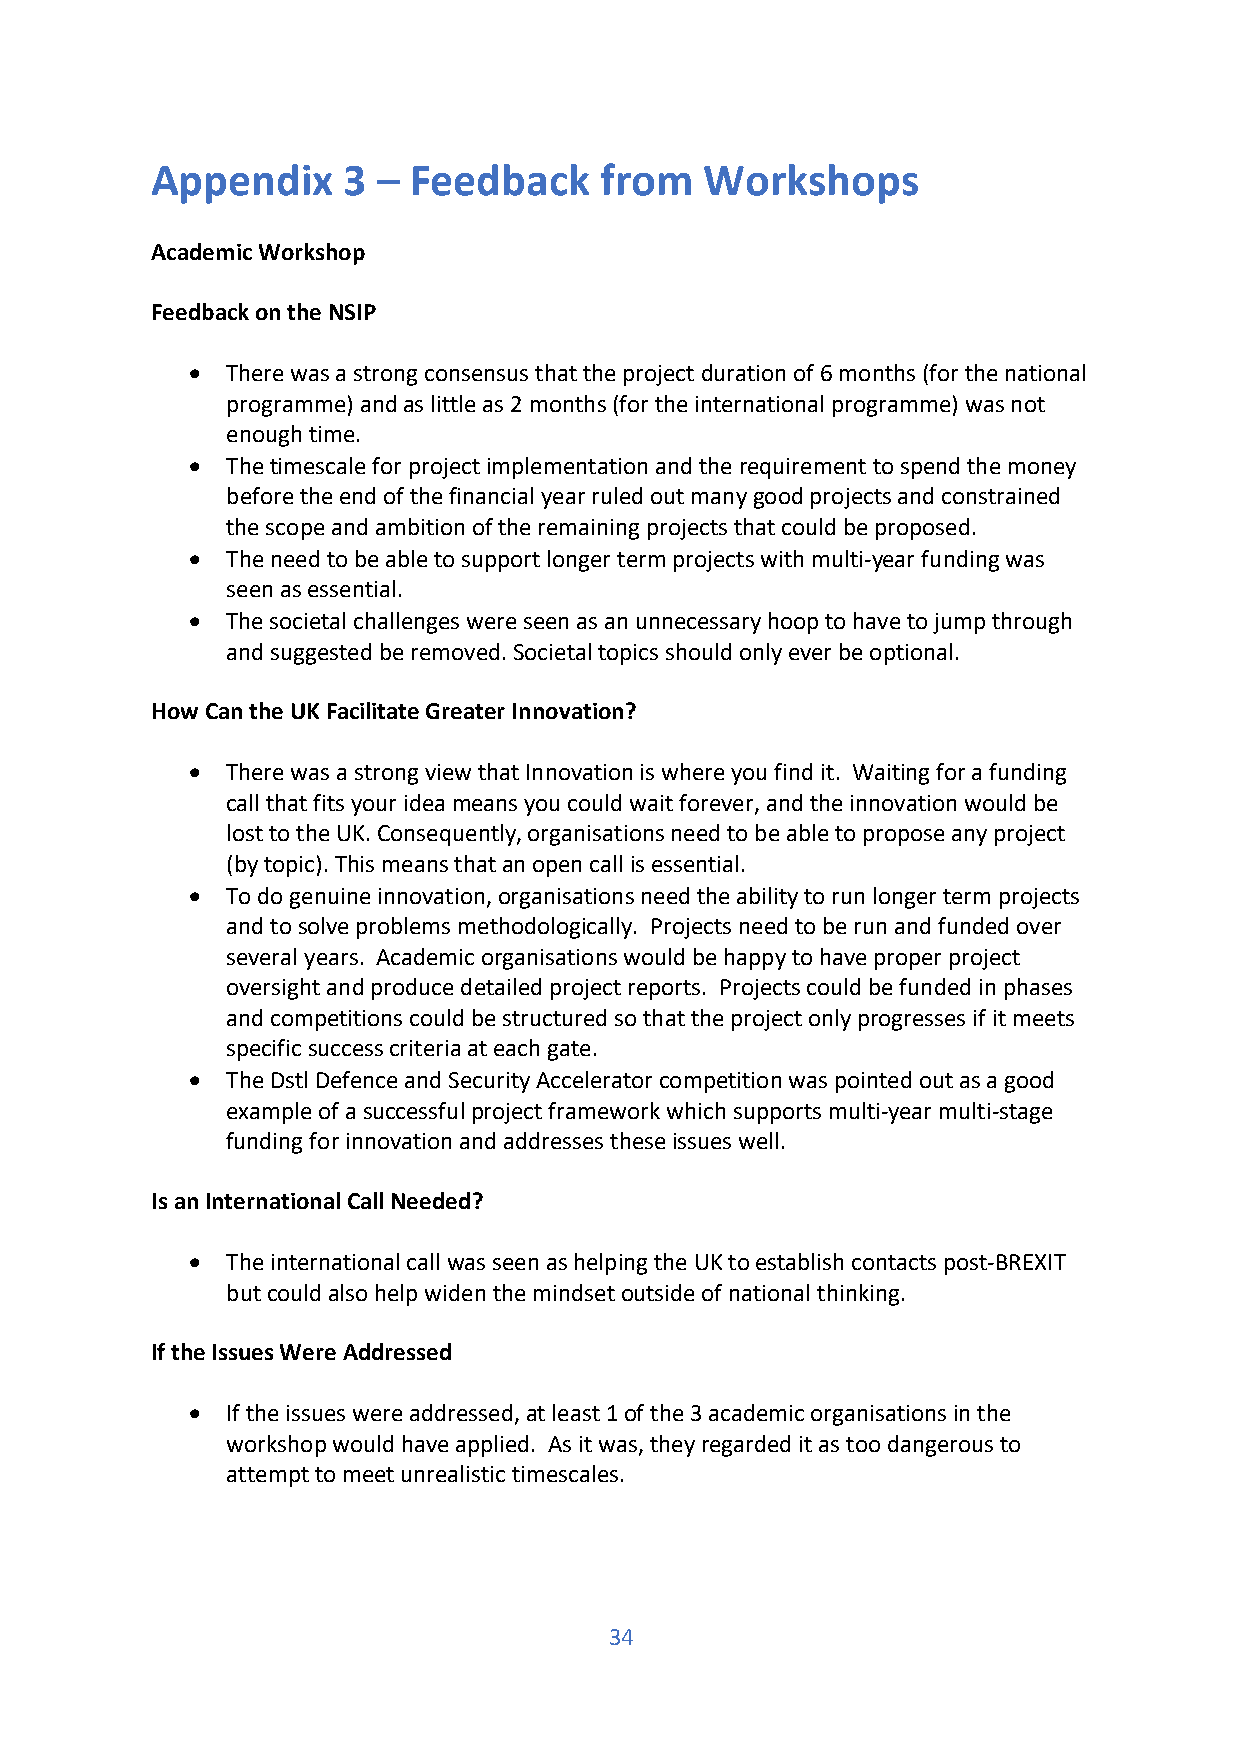
Appendix     3 – Feedback     from   Workshops
 Academic Workshop
 Feedback on the NSIP
 •  There was a strong consensus that the project duration of 6 months (for the national
 programme) and as little as 2 months (for the international programme) was not
 enough time.
 •  The timescale for project implementation and the requirement to spend the money
 before the end of the financial year ruled out many good projects and constrained
 the scope and ambition of the remaining projects that could be proposed.
 •  The need to be able to support longer term projects with multi-year funding was
 seen as essential.
 •  The societal challenges were seen as an unnecessary hoop to have to jump through
 and suggested be removed. Societal topics should only ever be optional.
 How Can the UK Facilitate Greater Innovation?
 •  There was a strong view that Innovation is where you find it. Waiting for a funding
 call that fits your idea means you could wait forever, and the innovation would be
 lost to the UK. Consequently, organisations need to be able to propose any project
 (by topic). This means that an open call is essential.
 •  To do genuine innovation, organisations need the ability to run longer term projects
 and to solve problems methodologically. Projects need to be run and funded over
 several years. Academic organisations would be happy to have proper project
 oversight and produce detailed project reports. Projects could be funded in phases
 and competitions could be structured so that the project only progresses if it meets
 specific success criteria at each gate.
 •  The Dstl Defence and Security Accelerator competition was pointed out as a good
 example of a successful project framework which supports multi-year multi-stage
 funding for innovation and addresses these issues well.
 Is an International Call Needed?
 •  The international call was seen as helping the UK to establish contacts post-BREXIT
 but could also help widen the mindset outside of national thinking.
 If the Issues Were Addressed
 •  If the issues were addressed, at least 1 of the 3 academic organisations in the
 workshop would have applied. As it was, they regarded it as too dangerous to
 attempt to meet unrealistic timescales.
 34